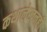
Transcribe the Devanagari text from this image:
कथालेखनही